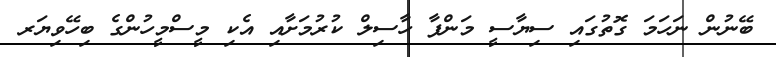
ބޭނުން ނަހަމަ ގޮތުގައި ސިޔާސީ މަންފާ ހާސިލް ކުރުމަށާއި އެކި މީސްމީހުންގެ ބިހޭވިޔަރ